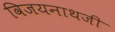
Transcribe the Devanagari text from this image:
विजयनाथजी